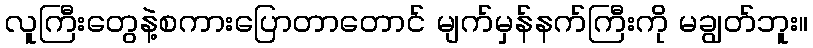
လူကြီးတွေနဲ့စကားပြောတာတောင် မျက်မှန်နက်ကြီးကို မချွတ်ဘူး။